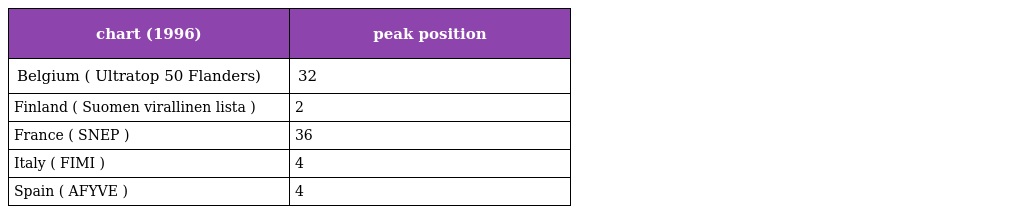
| chart (1996) | peak position |
 | --- | --- |
 | Belgium ( Ultratop 50 Flanders) | 32 |
 | Finland ( Suomen virallinen lista ) | 2 |
 | France ( SNEP ) | 36 |
 | Italy ( FIMI ) | 4 |
 | Spain ( AFYVE ) | 4 |